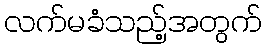
လက်မခံသည့်အတွက်